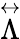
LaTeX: \overset\leftrightarrow{\Lambda}